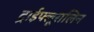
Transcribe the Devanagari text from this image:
ट्राईफ्लूरालिन